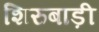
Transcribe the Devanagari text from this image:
शिरुबाड़ी